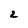
Character: 2